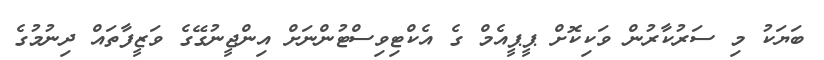
ބަޔަކު މި ސަރުކާރުން ވަކިކޮށް ޕީޕީއެމް ގެ އެކްޓިވިސްޓުންނަށް އިންޖީނުގޭގެ ވަޒީފާތައް ދިނުމުގެ